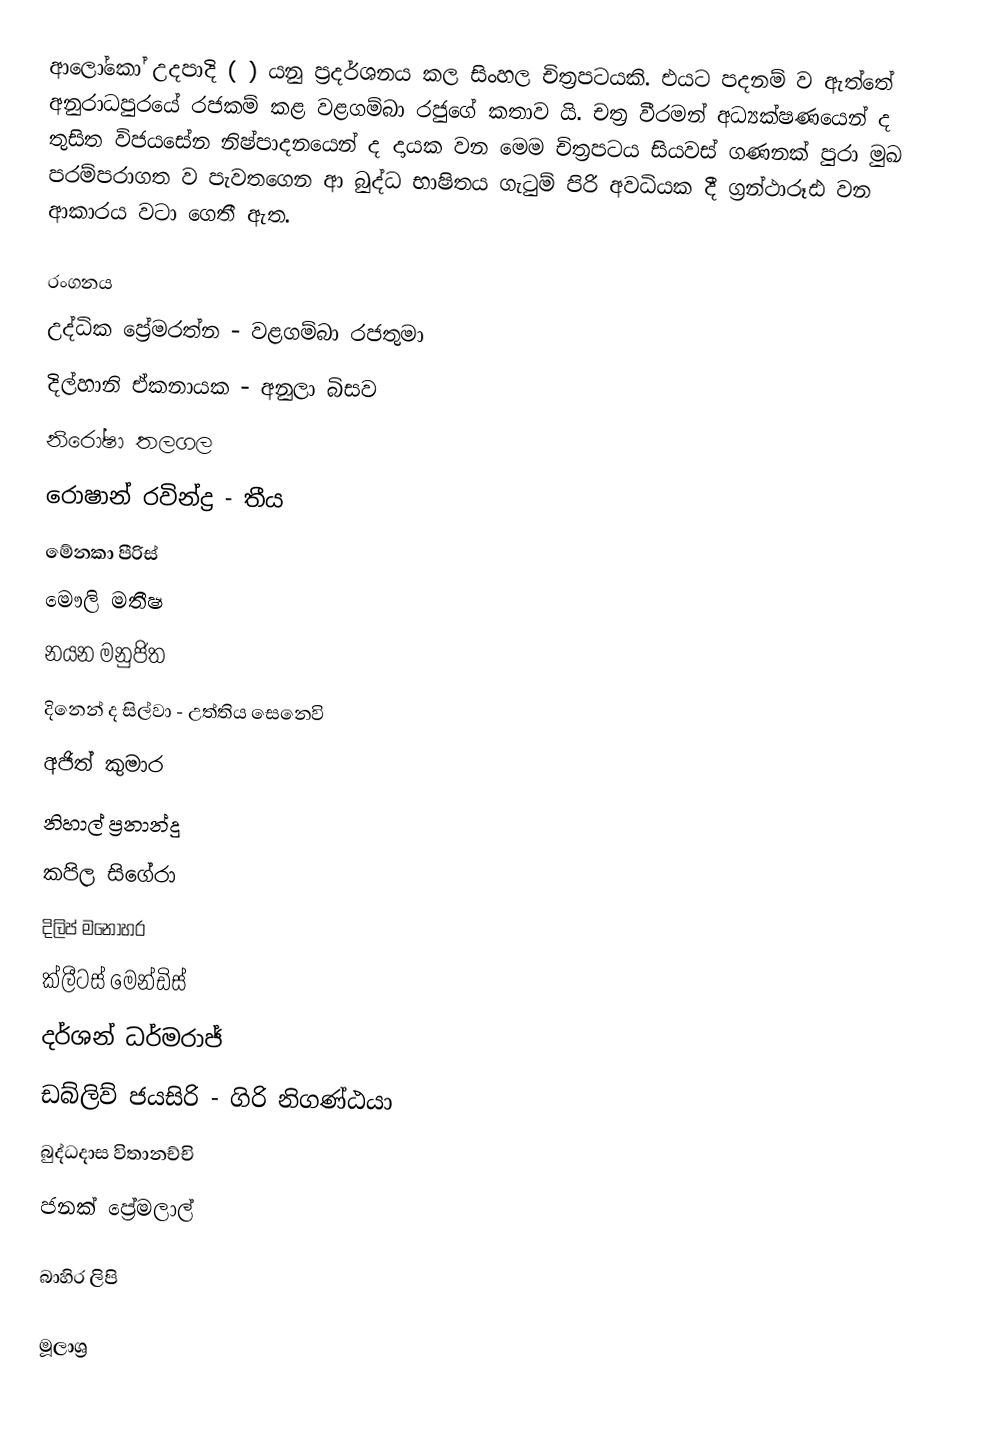
ආලෝකෝ උදපාදි ( ) යනු ප්‍රදර්ශනය කල සිංහල චිත්‍රපටයකි. එයට පදනම් ව ඇත්තේ අනුරාධපුරයේ රජකම් කළ වළගම්බා රජුගේ කතාව යි. චත්‍ර වීරමන් අධ්‍යක්ෂණයෙන් ද තුසිත විජයසේන නිෂ්පාදනයෙන් ද දායක වන මෙම චිත්‍රපටය සියවස් ගණනක් පුරා මුඛ පරම්පරාගත ව පැවතගෙන ආ බුද්ධ භාෂිතය ගැටුම් පිරි අවධියක දී ග්‍රන්ථාරූඪ වන ආකාරය වටා ගෙතී ඇත.

රංගනය
 උද්ධික ප්‍රේමරත්න - වළගම්බා රජතුමා
 දිල්හානි ඒකනායක - අනුලා බිසව
  නිරෝෂා තලගල
  රොෂාන් රවින්ද්‍ර - තීය
  මේනකා පීරිස්
  මෞලි මතීෂ
  නයන මනුජිත
  දිනෙන් ද සිල්වා - උත්තිය සෙනෙවි
  අජිත් කුමාර
  නිහාල් ප්‍රනාන්දු
  කපිල සිගේරා
  දිලිප් මනෝහර
  ක්ලීටස් මෙන්ඩිස්
  දර්ශන් ධර්මරාජ්
  ඩබ්ලිව් ජයසිරි - ගිරි නිගණ්ඨයා
  බුද්ධදාස විතානච්චි
  ජනක් ප්‍රේමලාල්

බාහිර ලිපි

මූලාශ්‍ර